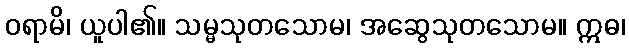
ဝရာမိ၊ ယူပါ၏။ သမ္မသုတသောမ၊ အဆွေသုတသောမ။ ဣဓ၊